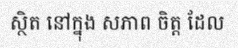
ស្ថិត នៅក្នុង សភាព ចិត្ត ដែល